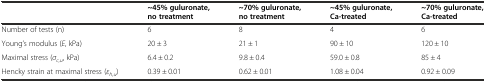
|  | ~45% guluronate, no treatment | ~70% guluronate, no treatment | ~45% guluronate, Ca-treated | ~70% guluronate, Ca-treated |
 | --- | --- | --- | --- | --- |
 | Number of tests (n) | 6 | 8 | 4 | 6 |
 | Young’s modulus (E, kPa) | 20 ± 3 | 21 ± 1 | 90 ± 10 | 120 ± 10 |
 | Maximal stress (σc,u, kPa) | 6.4 ± 0.2 | 9.8 ± 0.4 | 59.0 ± 0.8 | 85 ± 4 |
 | Hencky strain at maximal stress (εh,u) | 0.39 ± 0.01 | 0.62 ± 0.01 | 1.08 ± 0.04 | 0.92 ± 0.09 |